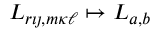
L _ { r { \imath \jmath } , m { \kappa \ell } } \mapsto L _ { a , b }